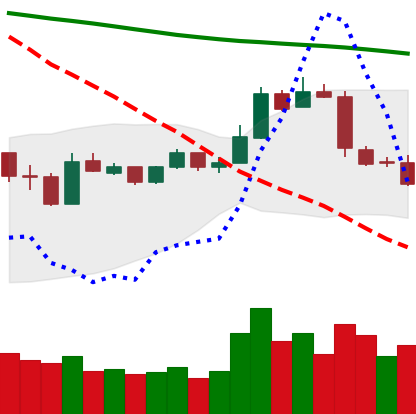
Ticker: LTC-USD
Chart end date: 2019-01-13
Forward return: 3.226%
Label: up_3_5